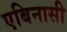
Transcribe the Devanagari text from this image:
एबिनासी